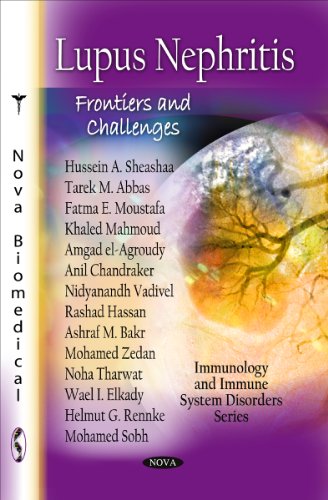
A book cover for Lupus Nephritis: Frontiers and Challenges (Immunology and Immune System Disorders); Hussein A. Sheashaa; Health, Fitness & Dieting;